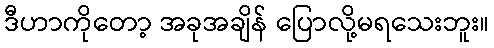
ဒီဟာကိုတော့ အခုအချိန် ပြောလို့မရသေးဘူး။